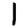
Digit: 1